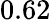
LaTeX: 0.62